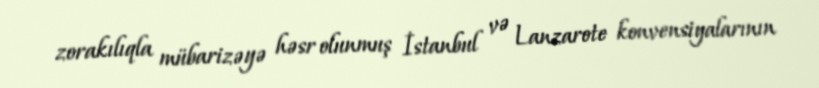
zorakılıqla mübarizəyə həsr olunmuş İstanbul və Lanzarote konvensiyalarının